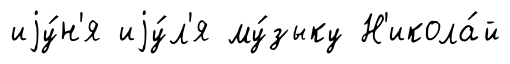
иjу́н'я иjу́л'я му́зыку Н'икола́й